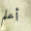
أعلم